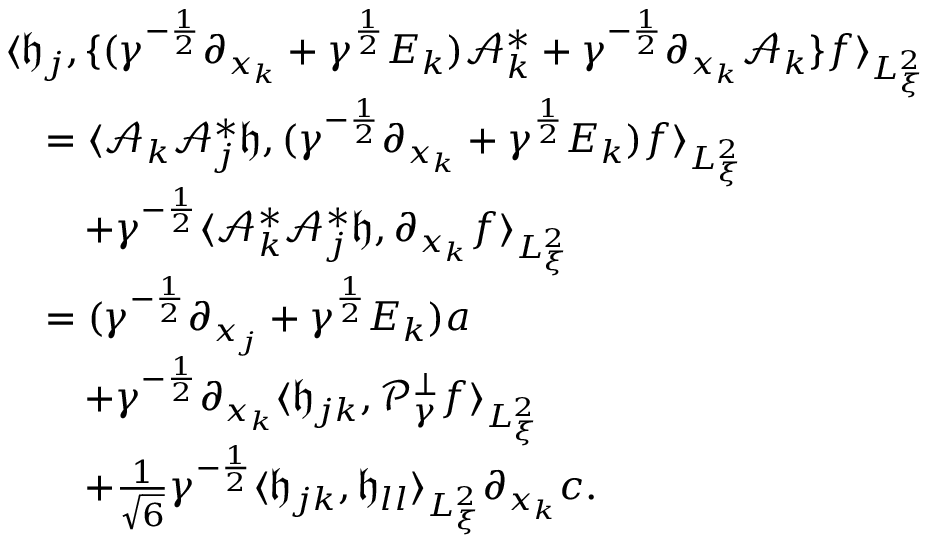
\begin{array} { r l } & { \langle \mathfrak h _ { j } , \{ ( \gamma ^ { - \frac { 1 } { 2 } } \partial _ { x _ { k } } + \gamma ^ { \frac { 1 } { 2 } } E _ { k } ) \mathcal A _ { k } ^ { * } + \gamma ^ { - \frac { 1 } { 2 } } \partial _ { x _ { k } } \mathcal A _ { k } \} f \rangle _ { L _ { \xi } ^ { 2 } } } \\ & { \quad = \langle \mathcal A _ { k } \mathcal A _ { j } ^ { * } \mathfrak h , ( \gamma ^ { - \frac { 1 } { 2 } } \partial _ { x _ { k } } + \gamma ^ { \frac { 1 } { 2 } } E _ { k } ) f \rangle _ { L _ { \xi } ^ { 2 } } } \\ & { \quad \quad + \gamma ^ { - \frac { 1 } { 2 } } \langle \mathcal A _ { k } ^ { * } \mathcal A _ { j } ^ { * } \mathfrak h , \partial _ { x _ { k } } f \rangle _ { L _ { \xi } ^ { 2 } } } \\ & { \quad = ( \gamma ^ { - \frac { 1 } { 2 } } \partial _ { x _ { j } } + \gamma ^ { \frac { 1 } { 2 } } E _ { k } ) a } \\ & { \quad \quad + \gamma ^ { - \frac { 1 } { 2 } } \partial _ { x _ { k } } \langle \mathfrak h _ { j k } , \mathcal P _ { \gamma } ^ { \perp } f \rangle _ { L _ { \xi } ^ { 2 } } } \\ & { \quad \quad + \frac { 1 } { \sqrt { 6 } } \gamma ^ { - \frac { 1 } { 2 } } \langle \mathfrak h _ { j k } , \mathfrak h _ { l l } \rangle _ { L _ { \xi } ^ { 2 } } \partial _ { x _ { k } } c . } \end{array}